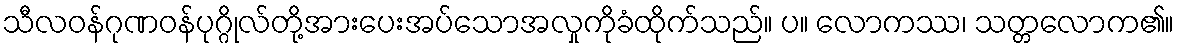
သီလဝန်ဂုဏဝန်ပုဂ္ဂိုလ်တို့အားပေးအပ်သောအလှုကိုခံထိုက်သည်။ ပ။ လောကဿ၊ သတ္တလောက၏။